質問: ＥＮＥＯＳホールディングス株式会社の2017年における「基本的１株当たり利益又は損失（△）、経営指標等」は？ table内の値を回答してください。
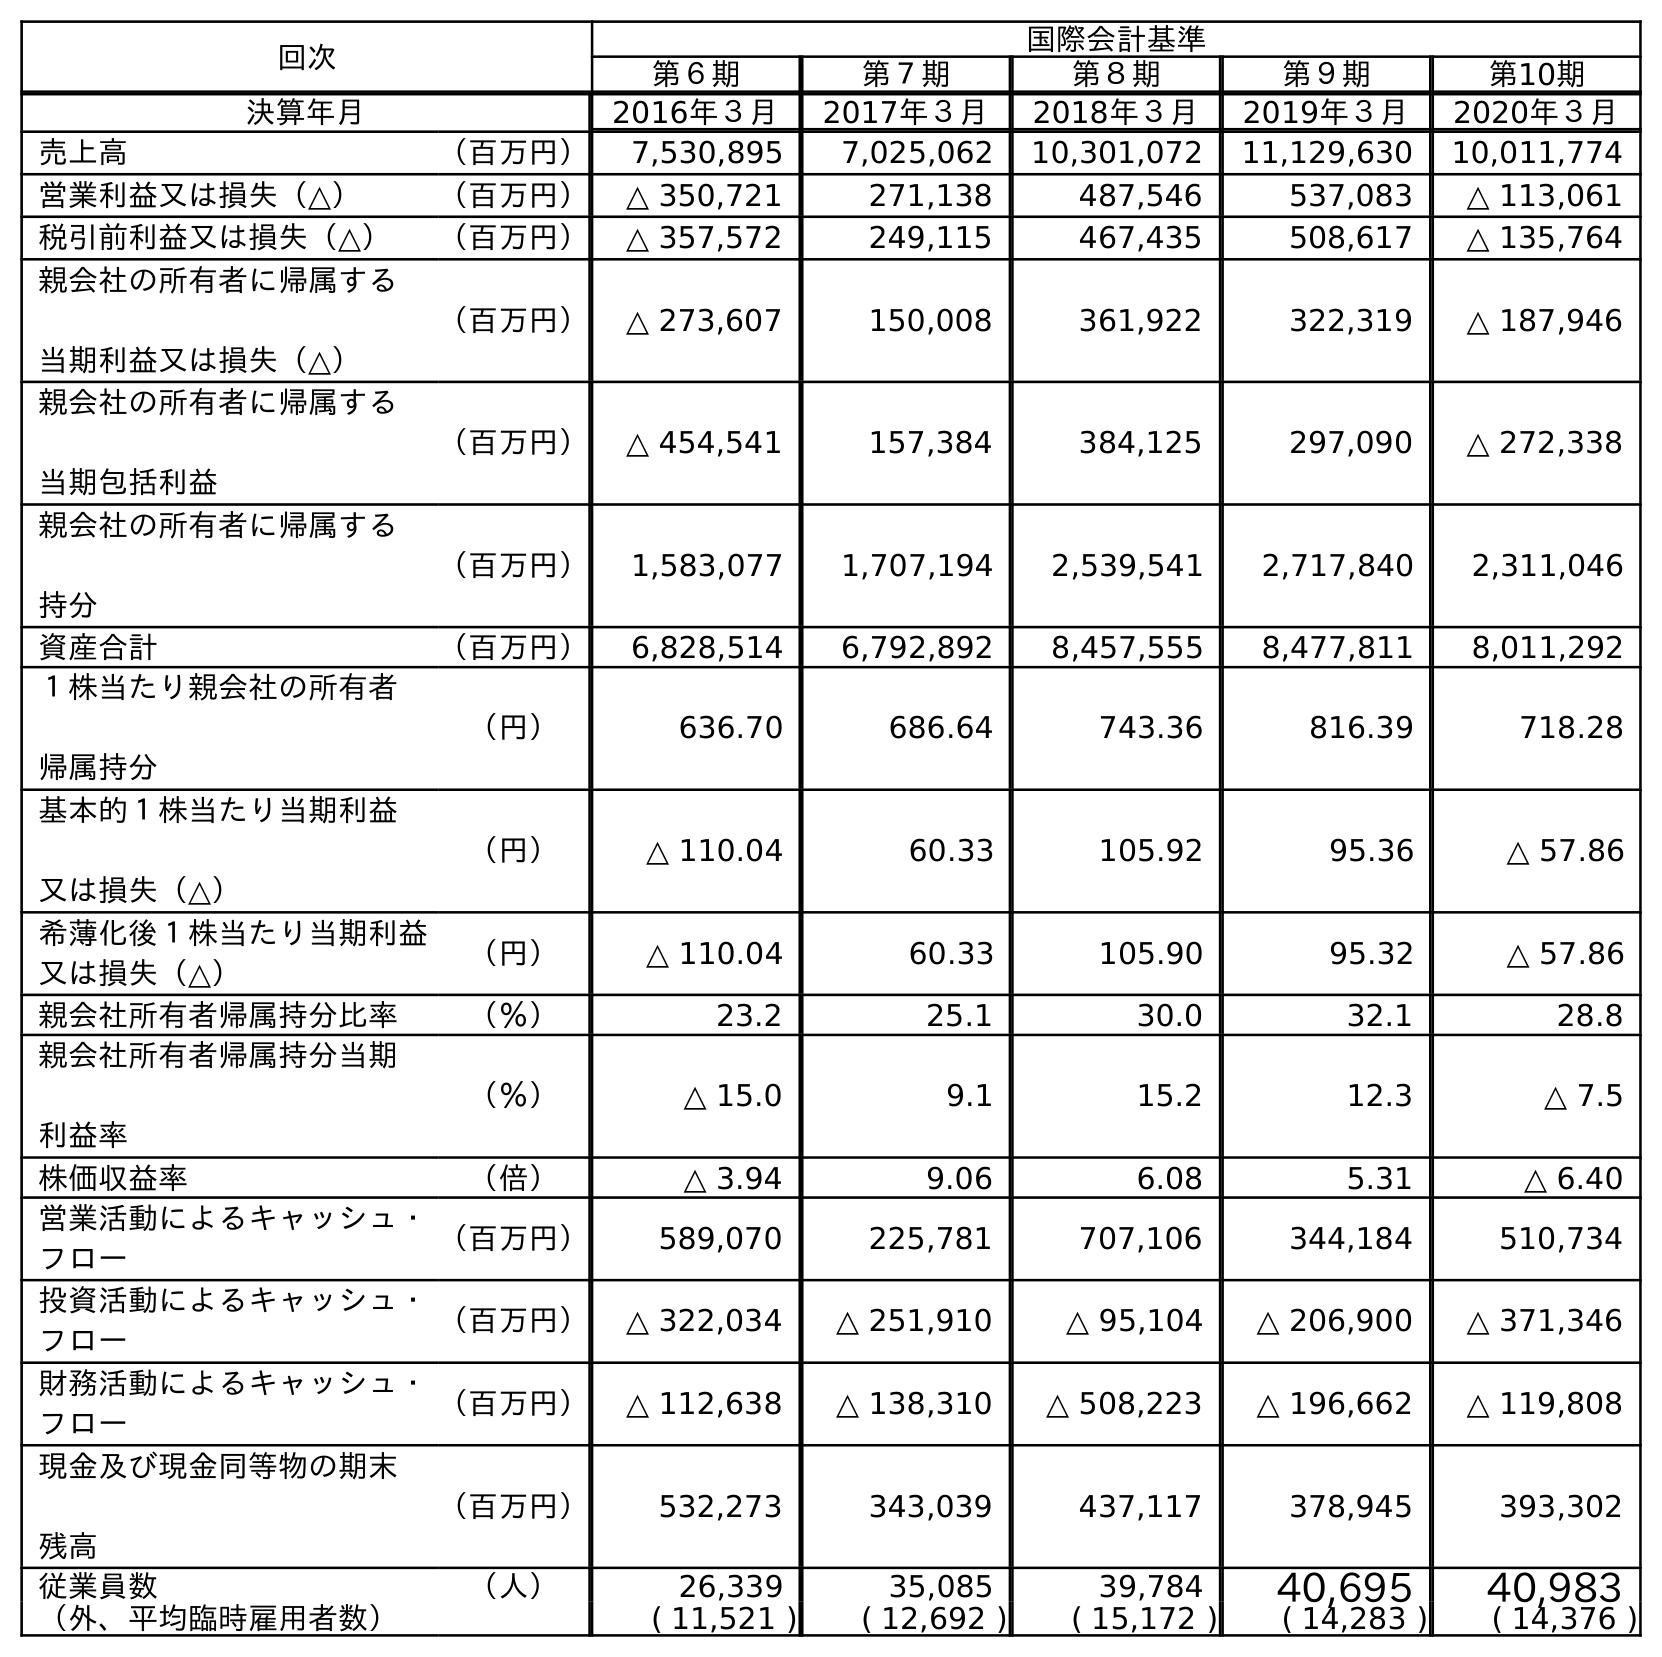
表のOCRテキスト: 回次 国際会計基準 第６期 第７期 第８期 第９期 第10期 決算年月 2016年３月 2017年３月 2018年３月 2019年３月 2020年３月 売上高 （百万円） 7,530,895 7,025,062 10,301,072 11,129,630 10,011,774 営業利益又は損失（△） （百万円） △ 350,721 271,138 487,546 537,083 △ 113,061 税引前利益又は損失（△） （百万円） △ 357,572 249,115 467,435 508,617 △ 135,764 親会社の所有者に帰属する 当期利益又は損失（△） （百万円） △ 273,607 150,008 361,922 322,319 △ 187,946 親会社の所有者に帰属する 当期包括利益 （百万円） △ 454,541 157,384 384,125 297,090 △ 272,338 親会社の所有者に帰属する 持分 （百万円） 1,583,077 1,707,194 2,539,541 2,717,840 2,311,046 資産合計 （百万円） 6,828,514 6,792,892 8,457,555 8,477,811 8,011,292 １株当たり親会社の所有者 帰属持分 （円） 636.70 686.64 743.36 816.39 718.28 基本的１株当たり当期利益 又は損失（△） （円） △ 110.04 60.33 105.92 95.36 △ 57.86 希薄化後１株当たり当期利益 又は損失（△） （円） △ 110.04 60.33 105.90 95.32 △ 57.86 親会社所有者帰属持分比率 （％） 23.2 25.1 30.0 32.1 28.8 親会社所有者帰属持分当期 利益率 （％） △ 15.0 9.1 15.2 12.3 △ 7.5 株価収益率 （倍） △ 3.94 9.06 6.08 5.31 △ 6.40 営業活動によるキャッシュ・ フロー （百万円） 589,070 225,781 707,106 344,184 510,734 投資活動によるキャッシュ・ フロー （百万円） △ 322,034 △ 251,910 △ 95,104 △ 206,900 △ 371,346 財務活動によるキャッシュ・ フロー （百万円） △ 112,638 △ 138,310 △ 508,223 △ 196,662 △ 119,808 現金及び現金同等物の期末 残高 （百万円） 532,273 343,039 437,117 378,945 393,302 従業員数 （人） 26,339 35,085 39,784 40,695 40,983 （外、平均臨時雇用者数） ( 11,521 ) ( 12,692 ) ( 15,172 ) ( 14,283 ) ( 14,376 )
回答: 60.33